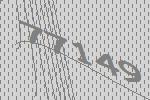
77149